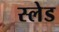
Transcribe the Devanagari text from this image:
स्‍लेड